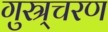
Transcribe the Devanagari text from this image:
गुस्र्चरण